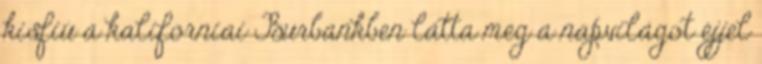
kisfiú a kaliforniai Burbankben látta meg a napvilágot éjjel